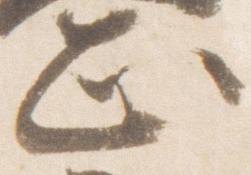
正